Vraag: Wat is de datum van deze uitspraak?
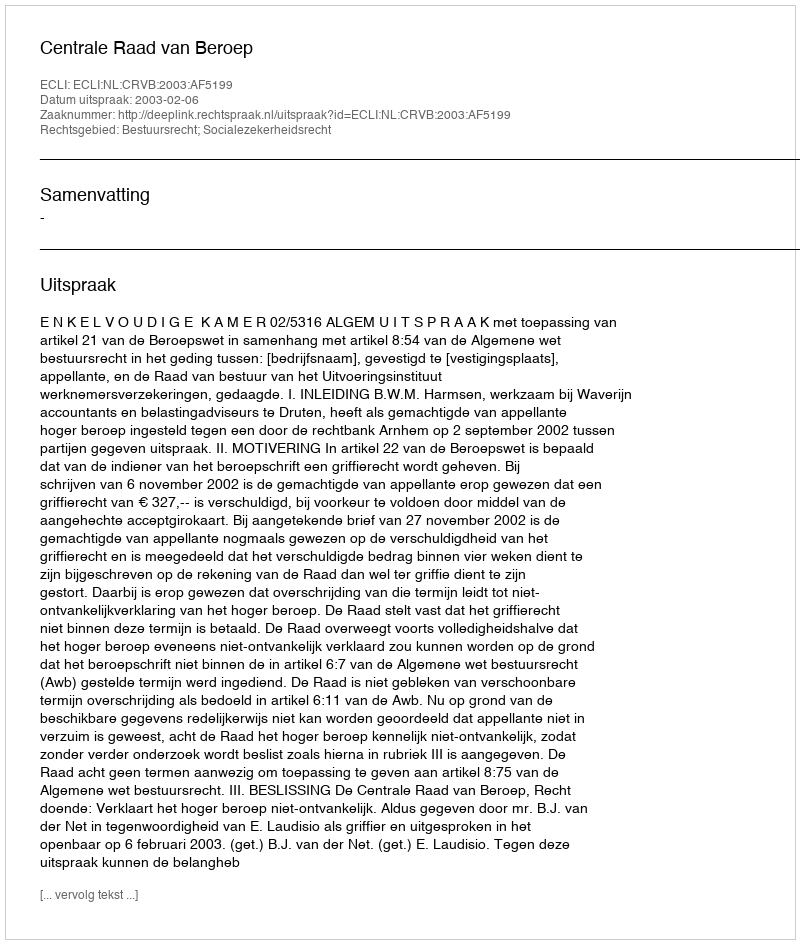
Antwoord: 2003-02-06